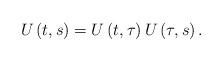
LaTeX: \begin{align*}U\left( t,s\right) =U\left( t,\tau\right) U\left( \tau,s\right) .\end{align*}